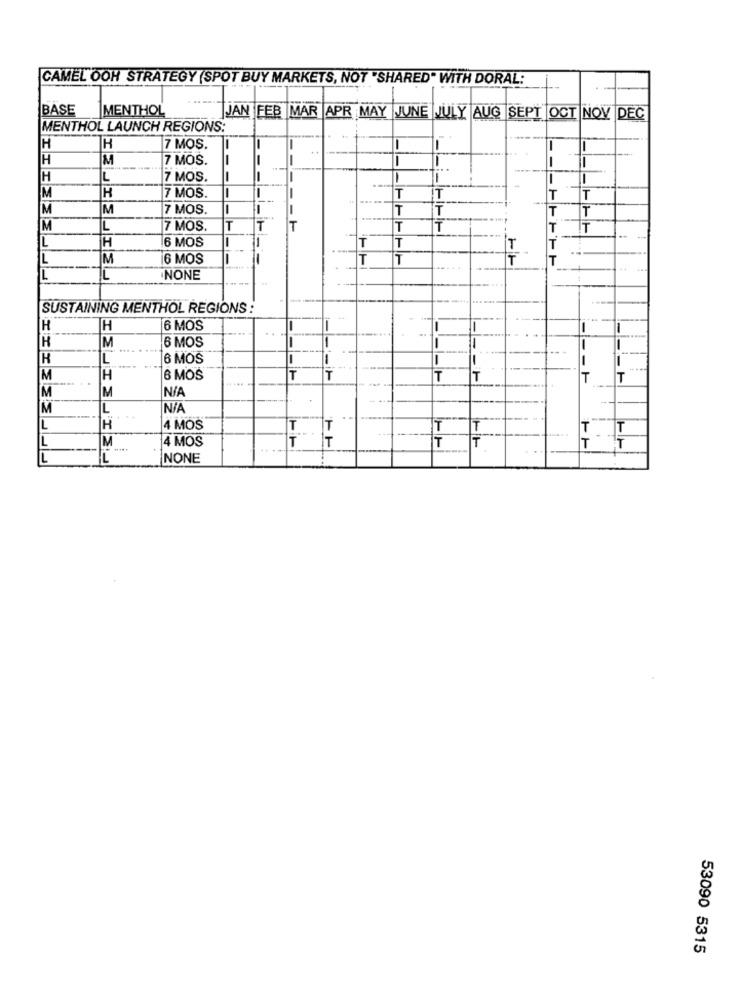
CAMEL OOH STRATEGY (SPOT BUY MARKETS, NOT "SHARED" WITH DORAL:
BASE
MENTHOL
JAN FEB MAR APR MAY JUNE JULY AUG SEPT OCT NOV DEC
MENTHOL LAUNCH REGIONS:
H
H
7 MOS.
-
H
M
7 MOS.
-
H
L
7 MOS.
M
H
7 MOS.
T
IT
T
T
M
M
7 MOS.
T
IT
M
L
7 MOS.
T
IT
L
6 MOS
-
T
T
H
₸
L
M
6 MOS
T
T
T
L
NONE
SUSTAINING MENTHOL REGIONS :
--
H
H
6 MOS
-
H
6 MOS
M
10
L
6 MOS
-
M
H
6 MOS
T
T
T
IT
T
- 1
M
M
M
IL
L
H
4 MOS
T
T T
L
M
4 MOS
IT
IT
--
L
NONE
53090 5315